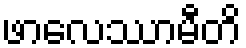
ဖာလေဿာမီတိ